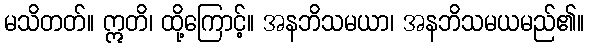
မသိတတ်။ ဣတိ၊ ထို့ကြောင့်။ အနဘိသမယာ၊ အနဘိသမယမည်၏။